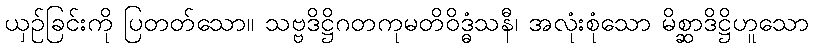
ယှဉ်ခြင်းကို ပြတတ်သော။ သဗ္ဗဒိဋ္ဌိဂတကုမတိဝိဒ္ဓံသနီ၊ အလုံးစုံသော မိစ္ဆာဒိဋ္ဌိဟူသော